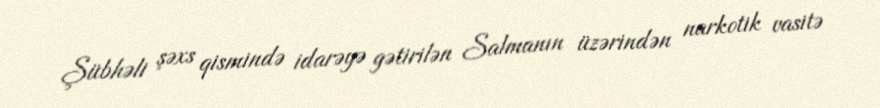
Şübhəli şəxs qismində idarəyə gətirilən Salmanın üzərindən narkotik vasitə